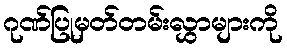
ဂုဏ်ပြုမှတ်တမ်းလွှာများကို